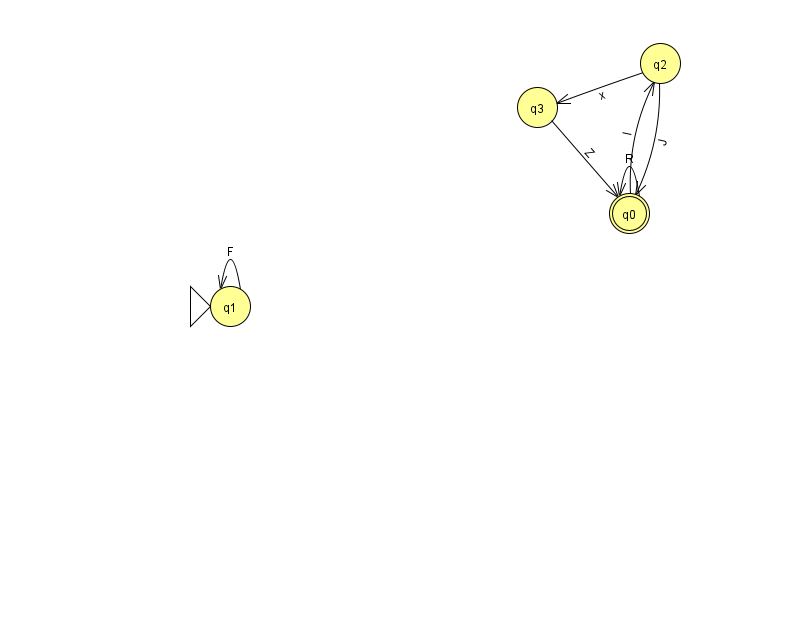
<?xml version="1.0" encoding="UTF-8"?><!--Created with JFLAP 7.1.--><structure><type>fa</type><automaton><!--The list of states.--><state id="0" name="q0"><x>629.0</x><y>200.0</y><final/></state><state id="1" name="q1"><x>230.0</x><y>293.0</y><initial/></state><state id="2" name="q2"><x>660.0</x><y>50.0</y></state><state id="3" name="q3"><x>537.0</x><y>94.0</y></state><!--The list of transitions.--><transition><from>0</from><to>0</to><read>R</read></transition><transition><from>2</from><to>3</to><read>x</read></transition><transition><from>1</from><to>1</to><read>F</read></transition><transition><from>3</from><to>0</to><read>Z</read></transition><transition><from>0</from><to>2</to><read>I</read></transition><transition><from>2</from><to>0</to><read>J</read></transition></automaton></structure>